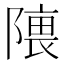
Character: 𱀰